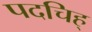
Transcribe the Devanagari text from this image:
पदचिह्